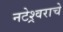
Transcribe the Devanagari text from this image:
नटेश्र्वराचे